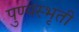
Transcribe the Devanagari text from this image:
पुण्यस्भृती